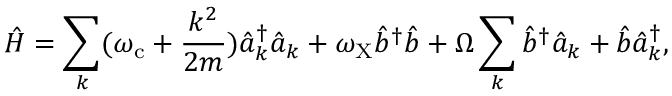
{ \hat { H } = \sum _ { k } ( \omega _ { \mathrm { { c } } } + \frac { k ^ { 2 } } { 2 m } ) \hat { a } _ { k } ^ { \dagger } \hat { a } _ { k } + \omega _ { \mathrm { X } } \hat { b } ^ { \dagger } \hat { b } + \Omega \sum _ { k } \hat { b } ^ { \dagger } \hat { a } _ { k } + \hat { b } \hat { a } _ { k } ^ { \dagger } , }